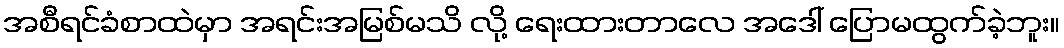
အစီရင်ခံစာထဲမှာ အရင်းအမြစ်မသိ လို့ ရေးထားတာလေ အဒေါ် ပြောမထွက်ခဲ့ဘူး။